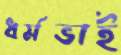
ধর্মভাই